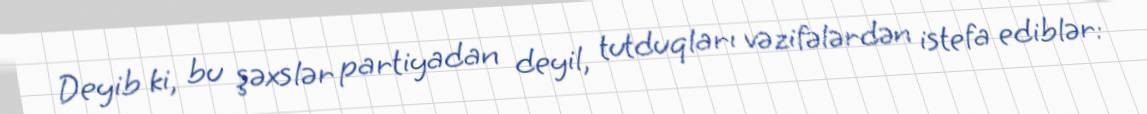
Deyib ki, bu şəxslər partiyadan deyil, tutduqları vəzifələrdən istefa ediblər: